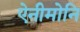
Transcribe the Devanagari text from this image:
ऐनीमोनि